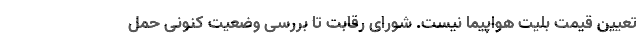
تعیین قیمت بلیت هواپیما نیست. شورای رقابت تا بررسی وضعیت کنونی حمل